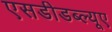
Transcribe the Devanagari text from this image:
एसडीडब्ल्यूए